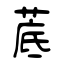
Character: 菧